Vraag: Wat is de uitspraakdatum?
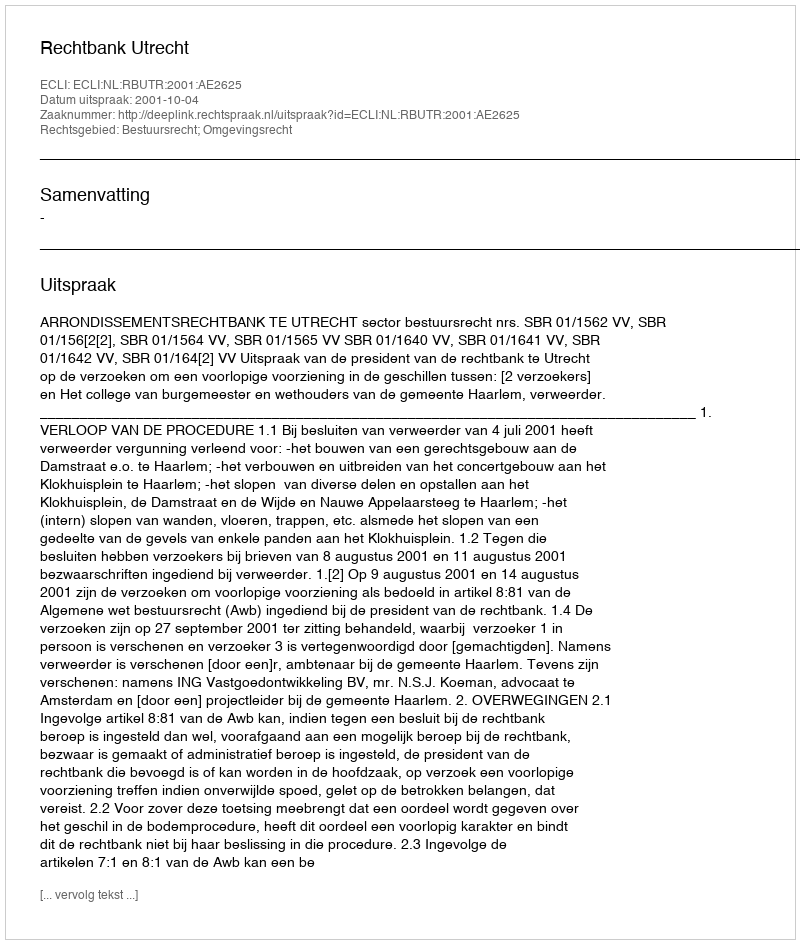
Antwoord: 2001-10-04